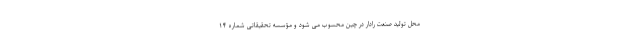
محل تولید صنعت رادار در چین محسوب می شود و مؤسسه تحقیقاتی شماره ۱۴